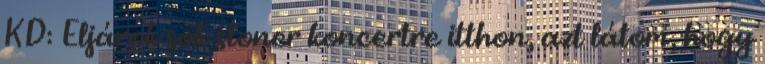
KD: Eljárok sok stoner koncertre itthon, azt látom, hogy